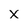
Character: x